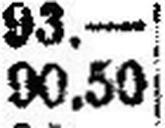
90.50